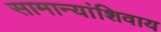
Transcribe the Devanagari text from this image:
सामान्यांशिवाय